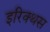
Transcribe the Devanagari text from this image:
इरिक्थस